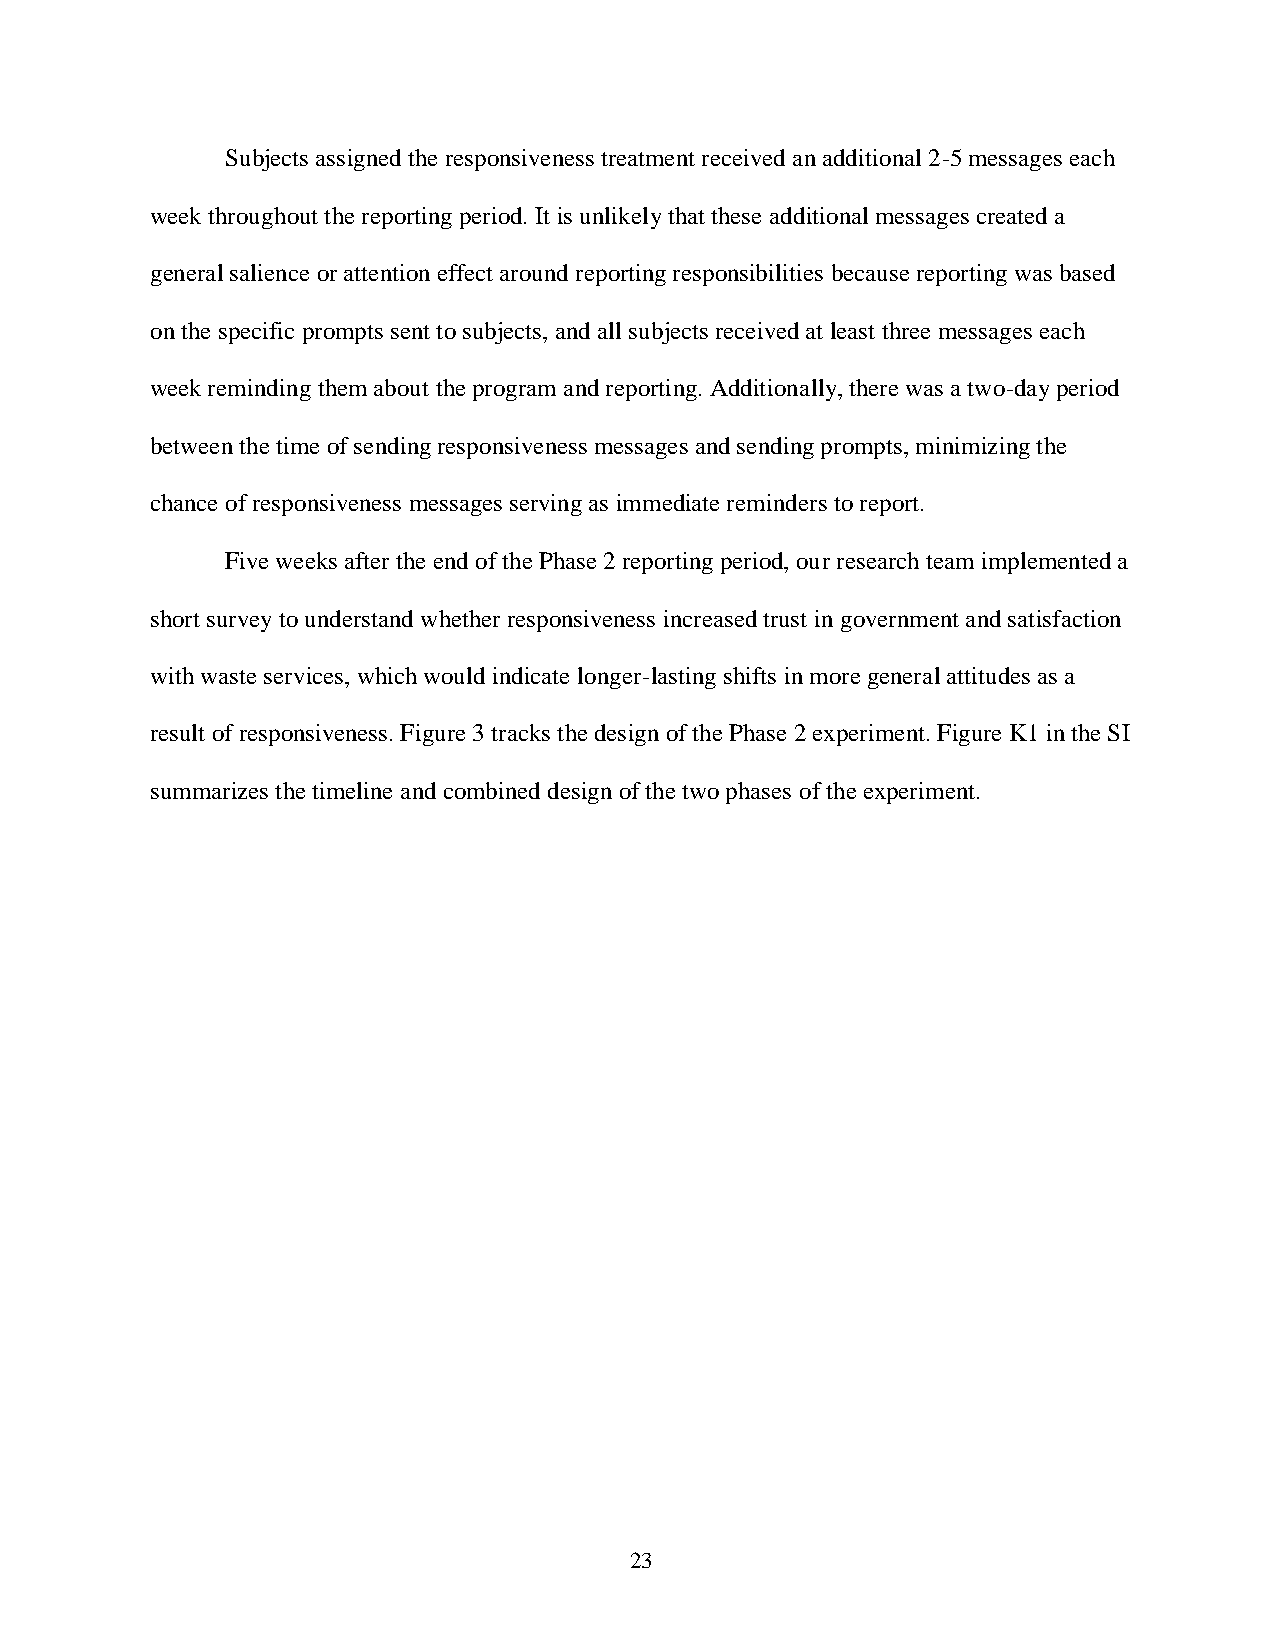
Subjects assigned the responsiveness treatment received an additional 2-5 messages each
 week throughout the reporting period. It is unlikely that these additional messages created a
 general salience or attention effect around reporting responsibilities because reporting was based
 on the specific prompts sent to subjects, and all subjects received at least three messages each
 week reminding them about the program and reporting. Additionally, there was a two-day period
 between the time of sending responsiveness messages and sending prompts, minimizing the
 chance of responsiveness messages serving as immediate reminders to report.
 Five weeks after the end of the Phase 2 reporting period, our research team implemented a
 short survey to understand whether responsiveness increased trust in government and satisfaction
 with waste services, which would indicate longer-lasting shifts in more general attitudes as a
 result of responsiveness. Figure 3 tracks the design of the Phase 2 experiment. Figure K1 in the SI
 summarizes the timeline and combined design of the two phases of the experiment.
 23